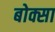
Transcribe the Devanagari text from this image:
बोक्सा